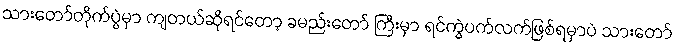
သားတော်တိုက်ပွဲမှာ ကျတယ်ဆိုရင်တော့ ခမည်းတော် ကြီးမှာ ရင်ကွဲပက်လက်ဖြစ်ရမှာပဲ သားတော်